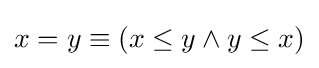
x=y\equiv (x\leq y\land y\leq x)